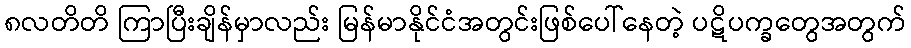
၈လတိတိ ကြာပြီးချိန်မှာလည်း မြန်မာနိုင်ငံအတွင်းဖြစ်ပေါ်နေတဲ့ ပဋိပက္ခတွေအတွက်